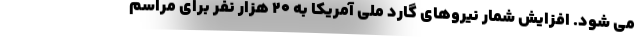
می شود. افزایش شمار نیروهای گارد ملی آمریکا به 20 هزار نفر برای مراسم